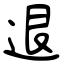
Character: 退